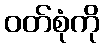
ဝတ်စုံကို